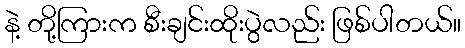
နဲ့ တို့ကြားက စီးချင်းထိုးပွဲလည်း ဖြစ်ပါတယ်။